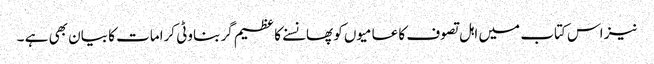
نیز اس کتاب میں اہل تصوف کا عامیوں کو پھانسنے کا عظیم گر بناوٹی کرامات کا بیان بھی ہے ۔